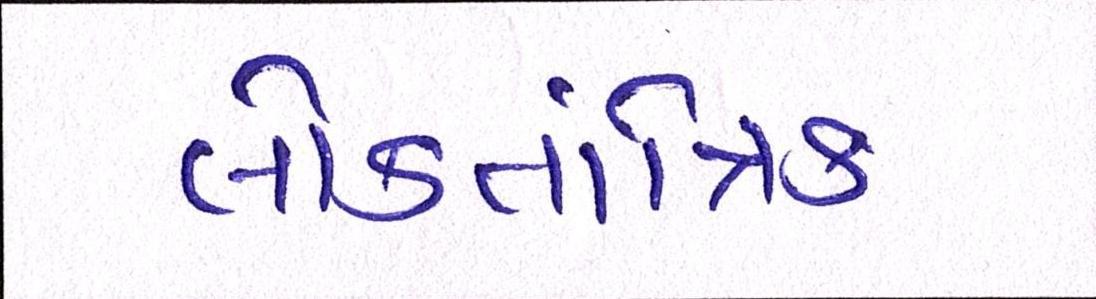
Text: લોકતાંત્રિક